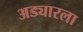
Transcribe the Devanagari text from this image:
अड्यारला